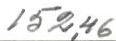
152,46